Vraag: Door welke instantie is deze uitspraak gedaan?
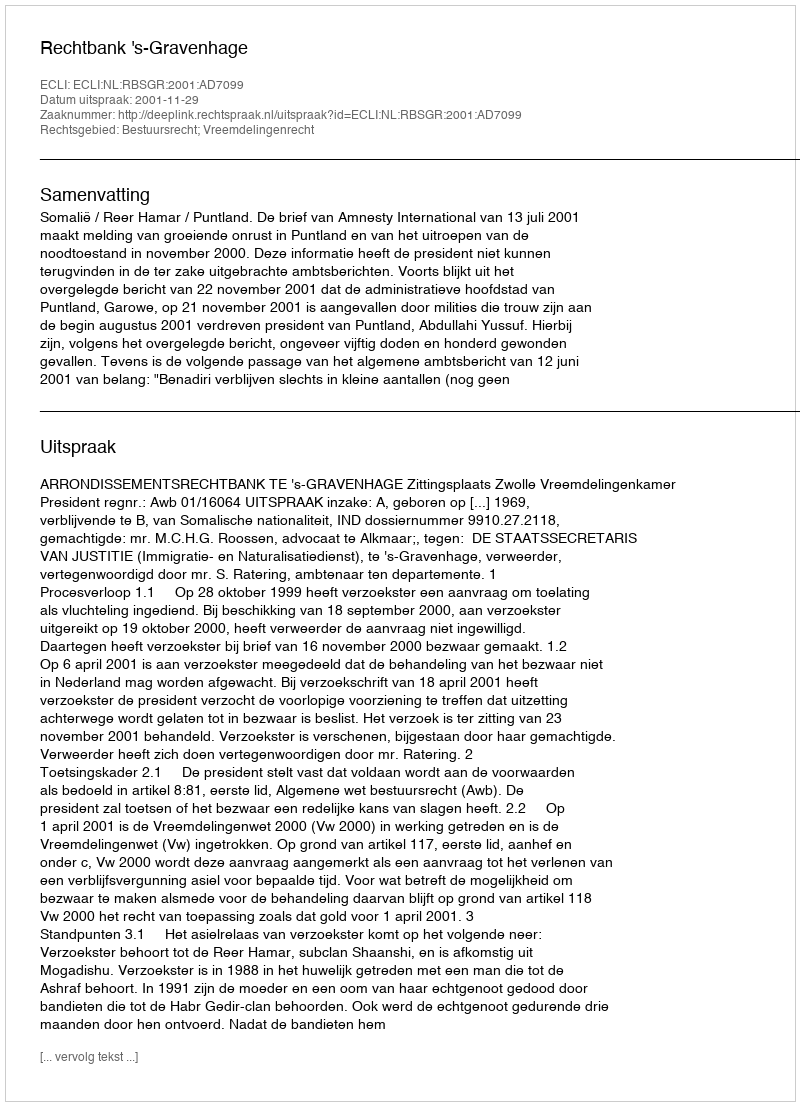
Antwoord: Rechtbank 's-Gravenhage